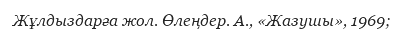
Жұлдыздарға жол. Өлеңдер. А., «Жазушы», 1969;